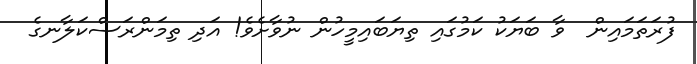
ފުރަތަމައިން  ވާ ބަޔަކު ކަމުގައި ތިޔަބައިމީހުން ނުވާށެވެ! އަދި ތިމަންރަސްކަލާނގެ